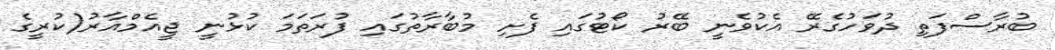
ބުރާސްފަތި ދުވަހުގެރޭ އެކުވެނީ ބޭރު ކޯޓުގައި ފެށި މުބާރާތުގައި ފުރަތަމަ ކުޅުނީ ޖީއެމްއާރު(ކުރީގެ